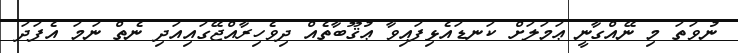
ނުވަތަ މި ނޭއްގާނީ ޢަމަލަށް ކަނޑައެޅިފައިވާ ޢުޤޫބާތެއް ދިވެހިރާއްޖޭގައިއަދި ނެތް ނަމަ އެފަދަ